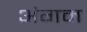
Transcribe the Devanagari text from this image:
अंगम